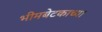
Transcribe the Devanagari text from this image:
भीमबेटकाच्या